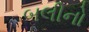
બલીનો